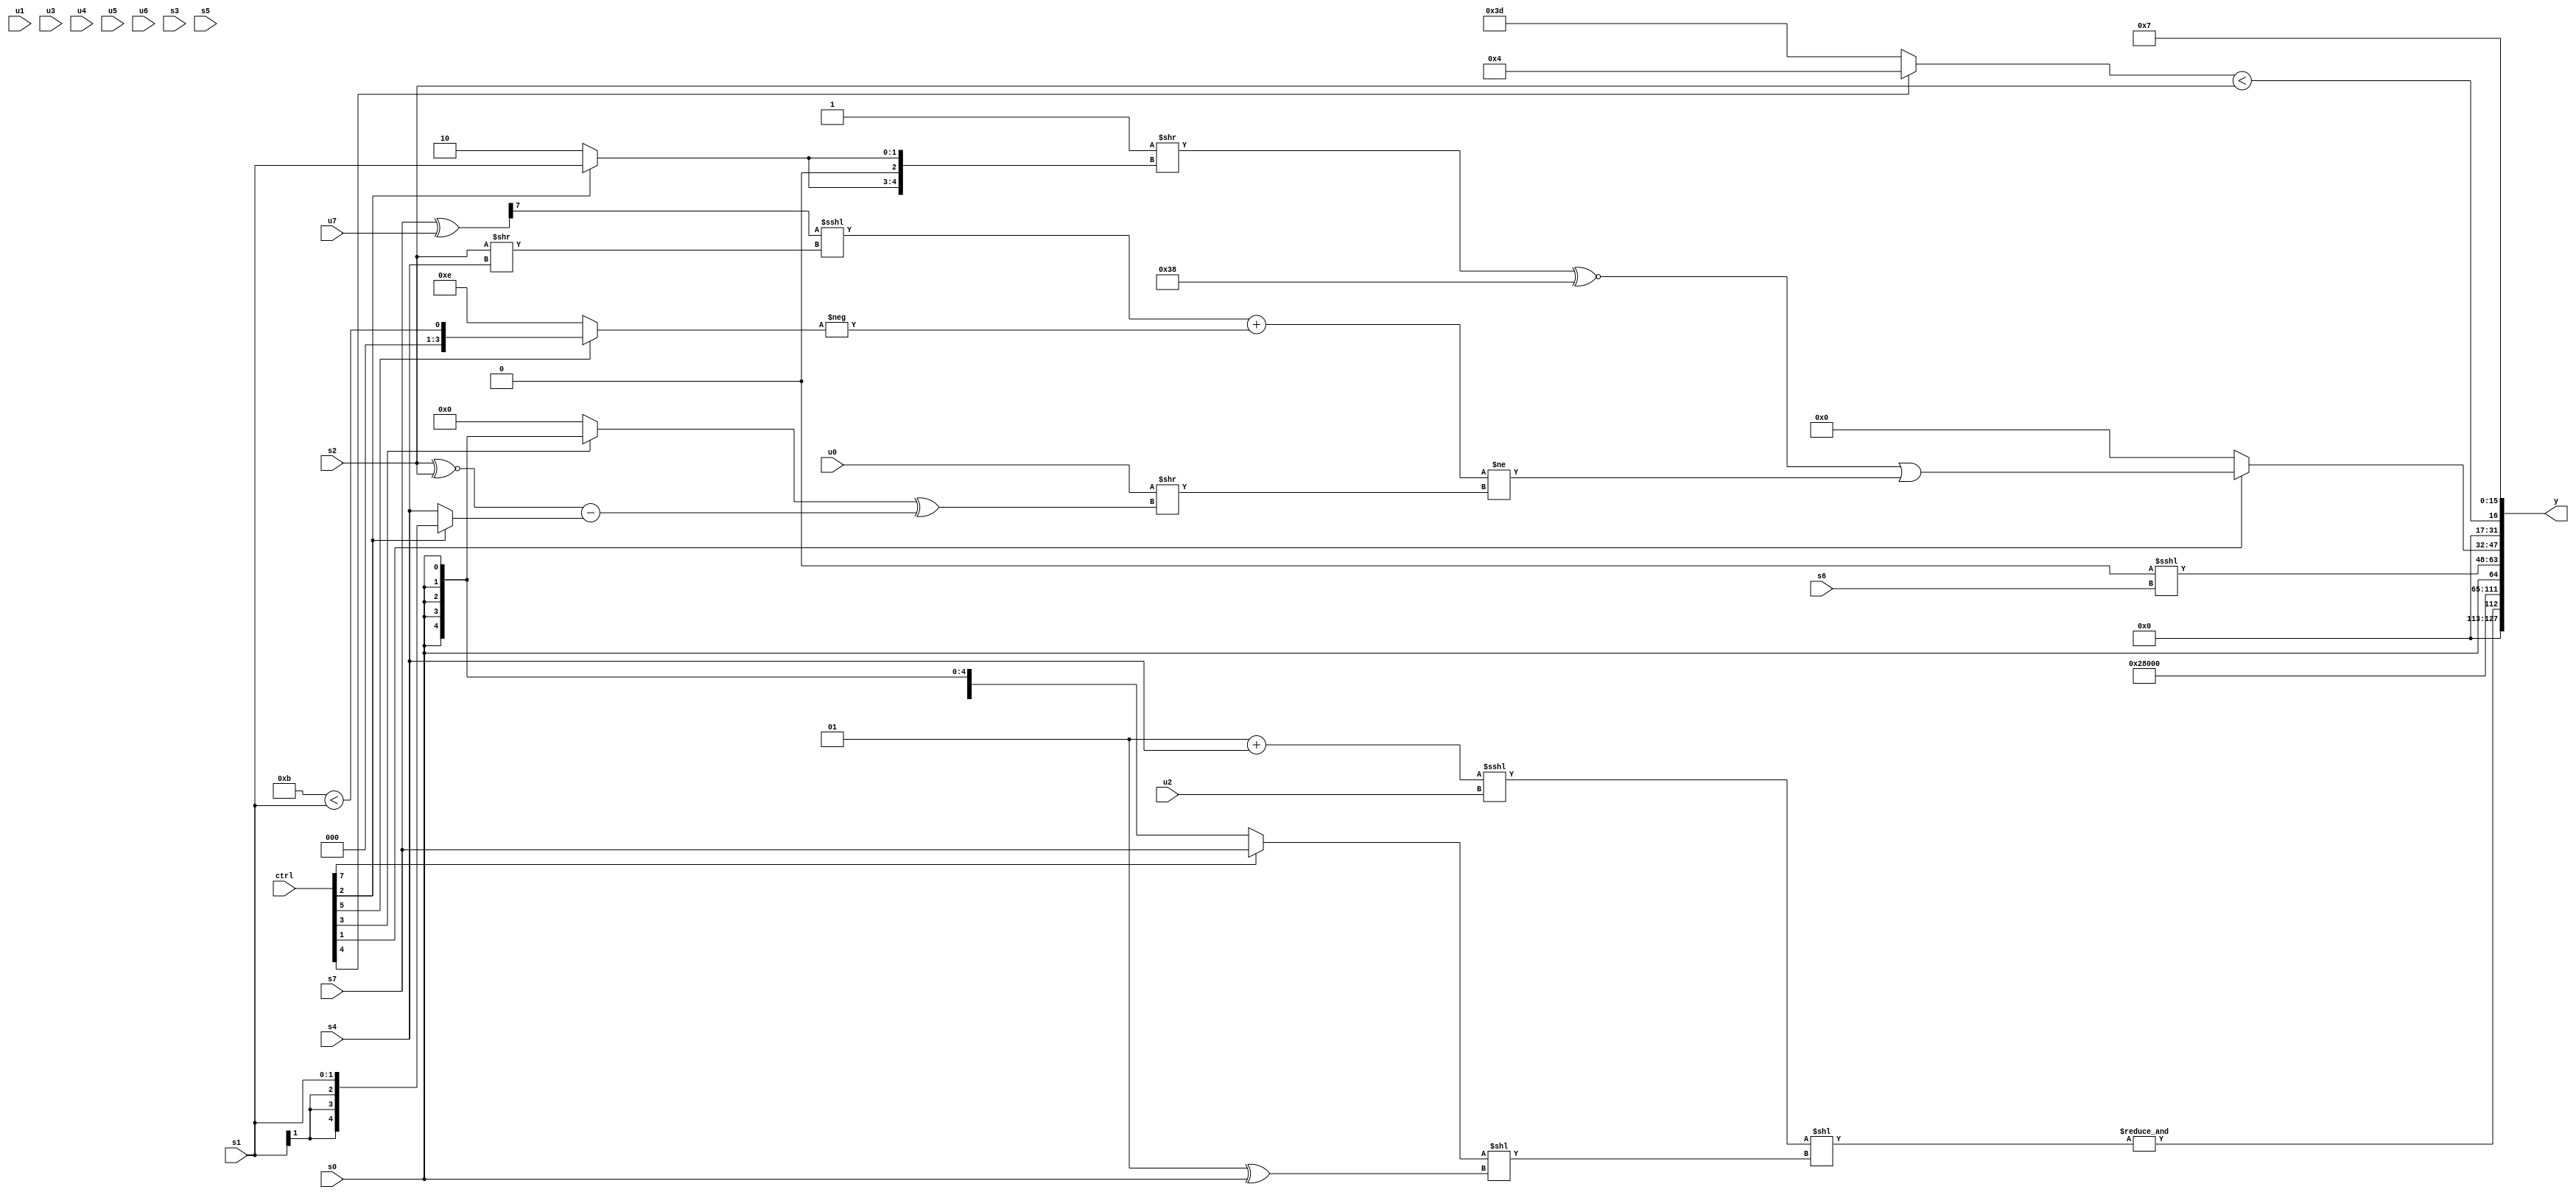
module wideexpr_00546(ctrl, u0, u1, u2, u3, u4, u5, u6, u7, s0, s1, s2, s3, s4, s5, s6, s7, y);
  input [7:0] ctrl;
  input [0:0] u0;
  input [1:0] u1;
  input [2:0] u2;
  input [3:0] u3;
  input [4:0] u4;
  input [5:0] u5;
  input [6:0] u6;
  input [7:0] u7;
  input signed [0:0] s0;
  input signed [1:0] s1;
  input signed [2:0] s2;
  input signed [3:0] s3;
  input signed [4:0] s4;
  input signed [5:0] s5;
  input signed [6:0] s6;
  input signed [7:0] s7;
  output [127:0] y;
  wire [15:0] y0;
  wire [15:0] y1;
  wire [15:0] y2;
  wire [15:0] y3;
  wire [15:0] y4;
  wire [15:0] y5;
  wire [15:0] y6;
  wire [15:0] y7;
  assign y = {y0,y1,y2,y3,y4,y5,y6,y7};
  assign y0 = &((((-(1'sb1))+(s4))<<<(u2))<<(($unsigned((ctrl[7]?s7:s0)))<<({(2'sb01)^(s0)})));
  assign y1 = ~|({4{{3{{3{(ctrl[0]?6'sb111110:5'sb11110)}}}}}});
  assign y2 = 6'sb000101;
  assign y3 = {1{s0}};
  assign y4 = (2'sb00)<<<($signed(s6));
  assign y5 = (ctrl[1]?(((1'sb1)>>({2{$signed((ctrl[2]?(ctrl[1]?s1:s1):+(3'b010)))}}))^~(6'sb111000))|((($signed((((s7)^(u7))>>((5'sb00110)-(5'sb11111)))<<<(($signed(s2))>>({s4}))))+($signed(-((ctrl[5]?(5'sb11011)<(s1):5'b01110)))))!=(($signed(+(u0)))>>(((ctrl[3]?s0:((ctrl[3]?s2:1'sb0))>>>(4'sb0011)))^(((s2)^~($signed(s2)))-((ctrl[2]?s1:s4)))))):1'b0);
  assign y6 = ($signed({(ctrl[4]?6'sb000100:(3'sb101)<<<(2'sb00))}))<(s2);
  assign y7 = 3'b111;
endmodule